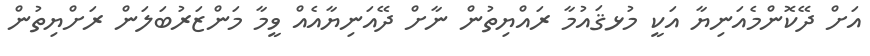
އަށް ދޭކޮންމެއަނިޔާ އަކީ މުޅޤައުމާ ރައްޔިތުން ނާށް ދޭއަނިޔާއެއް ވީމާ މަންޒަރުބަލަން ރަށްޔިތުން